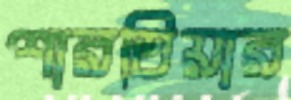
শারতিয়ার